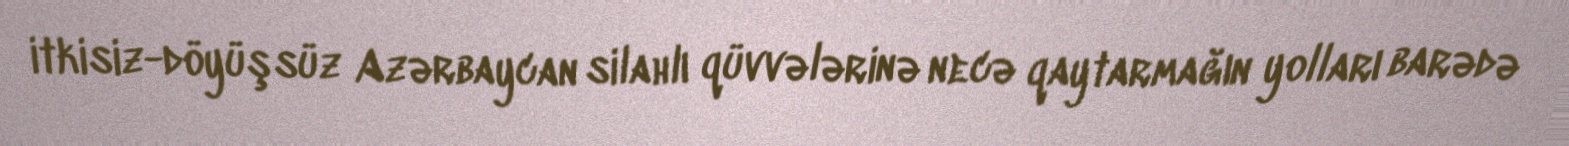
itkisiz-döyüşsüz Azərbaycan silahlı qüvvələrinə necə qaytarmağın yolları barədə